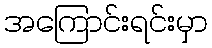
အကြောင်းရင်းမှာ